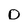
Character: D